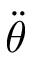
\ddot { \theta }